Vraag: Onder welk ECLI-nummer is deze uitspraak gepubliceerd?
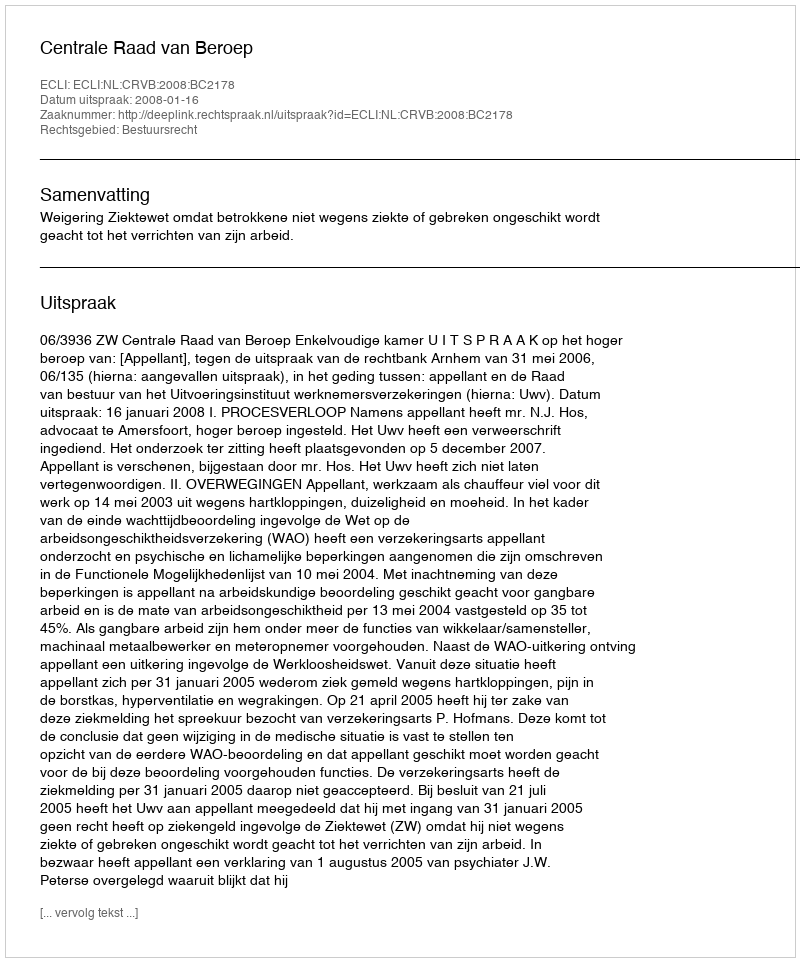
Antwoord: ECLI:NL:CRVB:2008:BC2178